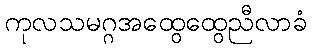
ကုလသမဂ္ဂအထွေထွေညီလာခံ